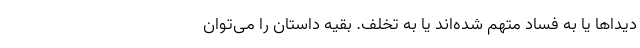
دیداها یا به فساد متهم شده‌اند یا به تخلف. بقیه داستان را می‌توان